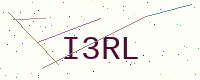
Text: I3RL